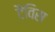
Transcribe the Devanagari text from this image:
टैविस